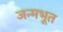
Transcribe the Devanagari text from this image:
जन्मभूत